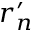
r _ { n } ^ { \prime }